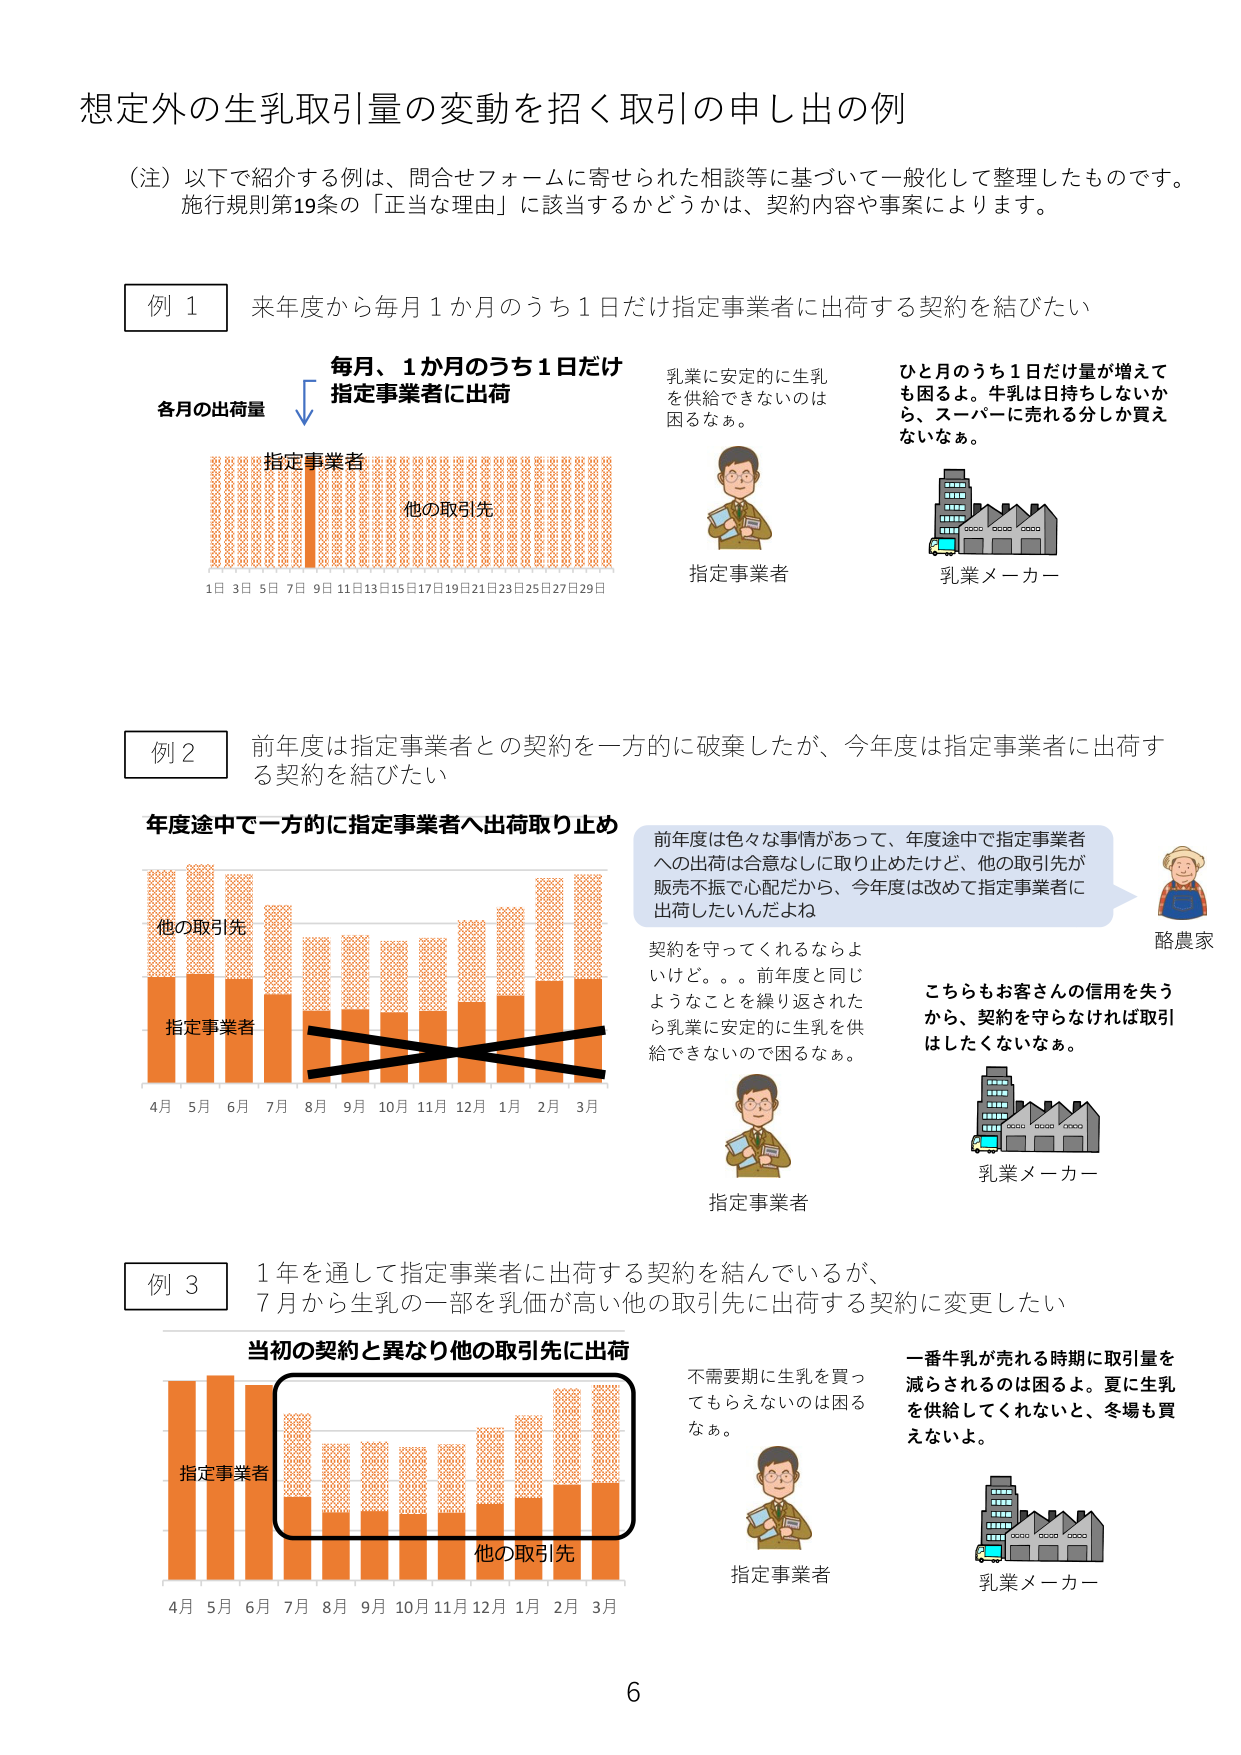
想定外の生乳取引量の変動を招く取引の申し出の例

（注）以下で紹介する例は、問合せフォームに寄せられた相談等に基づいて一般化して整理したものです。
施行規則第19条の「正当な理由」に該当するかどうかは、契約内容や事案によります。

例 1
来年度から毎月1か月のうち1日だけ指定事業者に出荷する契約を結びたい

毎月、1か月のうち1日だけ
指定事業者に出荷

各月の出荷量
指定事業者
他の取引先
1日 3日 5日 7日 9日 11日 13日 15日 17日 19日 21日 23日 25日 27日 29日

乳業に安定的に生乳を供給できないのは困るなぁ。
指定事業者

ひと月のうち1日だけ量が増えても困るよ。牛乳は日持ちしないから、スーパーに売れる分しか買えないなぁ。
乳業メーカー

例 2
前年度は指定事業者との契約を一方的に破棄したが、今年度は指定事業者に出荷する契約を結びたい

年度途中で一方的に指定事業者へ出荷取り止め

他の取引先
指定事業者
4月 5月 6月 7月 8月 9月 10月 11月 12月 1月 2月 3月

前年度は色々な事情があって、年度途中で指定事業者への出荷は合意なしに取り止めたけど、他の取引先が販売不振で心配だから、今年度は改めて指定事業者に出荷したいんだよね

契約を守ってくれるならよいけど。。。前年度と同じようなことを繰り返されたら乳業に安定的に生乳を供給できないので困るなぁ。
指定事業者

こちらもお客さんの信用を失うから、契約を守らなければ取引はしたくないなぁ。
乳業メーカー

酪農家

例 3
1年を通じて指定事業者に出荷する契約を結んでいるが、7月から生乳の一部を乳価が高い他の取引先に出荷する契約に変更したい

当初の契約と異なり他の取引先に出荷

指定事業者
他の取引先
4月 5月 6月 7月 8月 9月 10月 11月 12月 1月 2月 3月

不需要期に生乳を買ってもらえないのは困るなぁ。
指定事業者

一番牛乳が売れる時期に取引量を減らされるのは困るよ。夏に生乳を供給してくれないと、冬場も買えないよ。
乳業メーカー

6